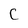
Character: C